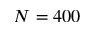
N = 4 0 0